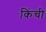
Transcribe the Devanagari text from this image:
किंची